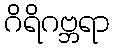
ဂိရိဂဗ္ဘရာ